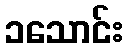
၁သောင်း